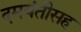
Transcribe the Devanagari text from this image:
दमयंतीसह